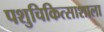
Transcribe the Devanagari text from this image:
पशुचिकित्साशाला